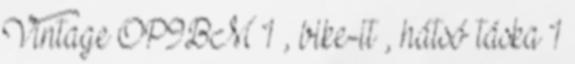
Vintage OP9BM 1 , bike-it , hátsó táska 1